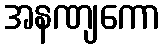
အနဏျကော